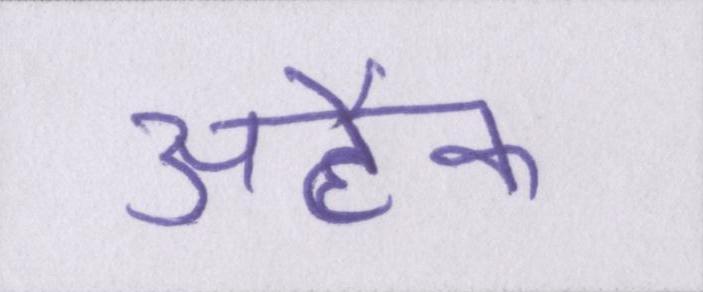
अटैक